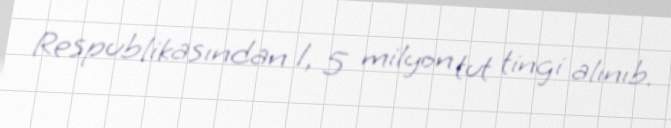
Respublikasından 1, 5 milyon tut tingi alınıb.